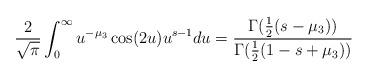
LaTeX: \begin{align*} \frac{2}{\sqrt{\pi}} \int_0^{\infty} u^{-\mu_3}\cos(2u) u^{s-1} du = \frac{\Gamma(\frac{1}{2}(s - \mu_3)) }{\Gamma(\frac{1}{2}(1-s + \mu_3)) } \end{align*}